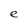
Character: e